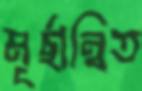
মূর্ছান্বিত